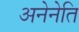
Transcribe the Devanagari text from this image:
अनेनेति